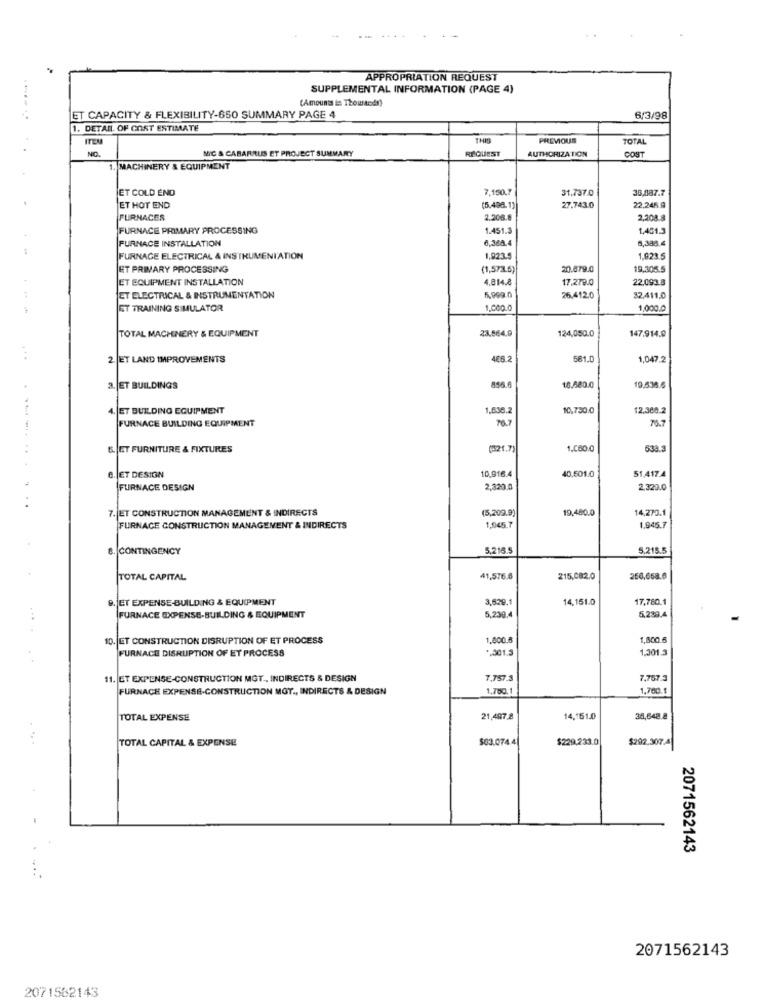
APPROPRIATION REQUEST
SUPPLEMENTAL INFORMATION (PAGE 4)
(Amounts in Thousands)
.......
ET CAPACITY & FLEXIBILITY-650 SUMMARY PAGE 4
6/3/98
1. DETAIL OF COST ESTIMATE
ITEM
THE
PREVIOUS
TOTAL
NIC & CABARRUS ET PROJECT SUMMARY
REQUEST
AUTHORIZATION
COST
1. MACHINERY & EQUIPMENT
ET COLD END
7,150.7
31,737.0
35,887.7
ET HOT END
(5.498.1)
27.743.0
22,245.A
FURNACES
2,206.8
2,208.8
FURNACE PRIMARY PROCESSING
1.451.3
1,451.3
FURNACE INSTALLATION
6,388.4
8,388.4
FURNAGE ELECTRICAL & INSTRUMENTATION
1,823.5
1,923 5
ET PRIVARY PROCESSING
(1,573.5)
20.879.0
19,305.5
ET EQUIPMENT INSTALLATION
4.814.8
17,279.0
22,093.8
ET ELECTRICAL & INSTRUMENTATION
5,999.0
26.412.0
32.411.0
ET TRAINING SIMULATOR
1.000.0
1,000.0
23.864.9
124,050.0
TOTAL MACHINERY & EQUIPMENT
147.914.0
2. ET LAND IMPROVEMENTS
406.2
681.0
1,047.2
3. ET BUILDINGS
16.680.0
19,538.6
4. ET BUILDING EQUIPMENT
1,636.2
10,730.0
12.360.2
76.7
70.7
FURNACE BUILDING EQUIPMENT
&. CT FURNITURE & FIXTURES
(321.7
.060.0
533.3
. ...........
40,501.0
8. ET DESION
10,916.4
51,417.4
FURNACE DESIGN
2,320.0
2.329.0
7. ET CONSTRUCTION MANAGEMENT & INDIRECTS
(5,209.9)
19,480.0
14,273.1
FURNACE CONSTRUCTION MANAGEMENT & INDIRECTS
1,945.7
1.945.7
8. CONTINGENCY
5,216.5
5.215.5
TOTAL CAPITAL
41,576.8
215,082.0
256,658.6
9. ET EXPENSE-BUILDING & EQUIPMENT
3,529.1
14,151.0
17,780.1
FURNACE EXPENSE-BUILDING & EQUIPMENT
5,239.4
5,239.4
10. ET CONSTRUCTION DISRUPTION OF ET PROCESS
1,800.5
1,800.6
*. 301.3
1,301.3
FURNACE DISRUPTION OF ET PROCESS
11. ET EXPENSE-CONSTRUCTION MGT ., INDIRECTS & DESIGN
7,757.3
7,767.3
FURNACE EXPENSE-CONSTRUCTION MOT ., INDIRECTS & DESIGN
1.780.1
1.760 1
TOTAL EXPENSE
21,407.8
14,151.00
38,648.8
TOTAL CAPITAL & EXPENSE
$03.074.4
$229,233.0
$202.307.4
2071562143
....
2071562143
2071582143